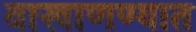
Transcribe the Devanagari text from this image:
वाखाणण्यात